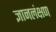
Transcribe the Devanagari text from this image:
ज्ञानलंक्षण